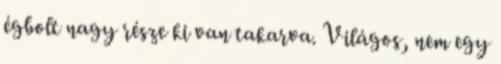
égbolt nagy része ki van takarva. Világos, nem egy